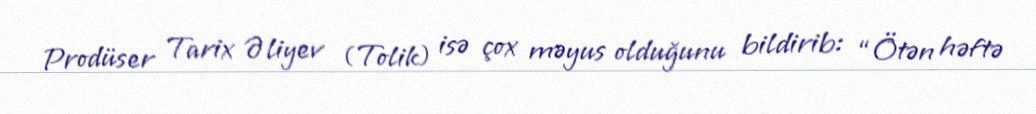
Prodüser Tarix Əliyev (Tolik) isə çox məyus olduğunu bildirib: “Ötən həftə